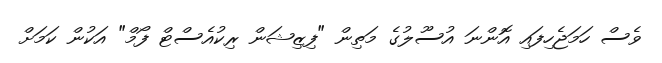
ވެސް ހަމަޖެހިފައި އޮންނަ އުސޫލުގެ މަތިން "ފިޒިޝަން ރިކުއެސްޓް ފޯމް" އަކުން ކަމަށް